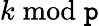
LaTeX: k{\bmod{\mathtt{p}}}